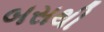
બસથી